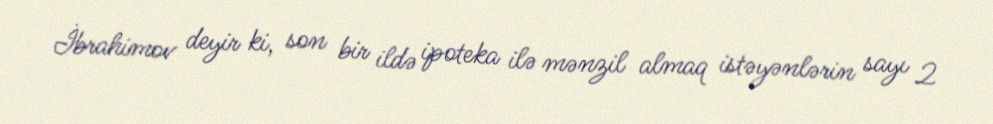
İbrahimov deyir ki, son bir ildə ipoteka ilə mənzil almaq istəyənlərin sayı 2